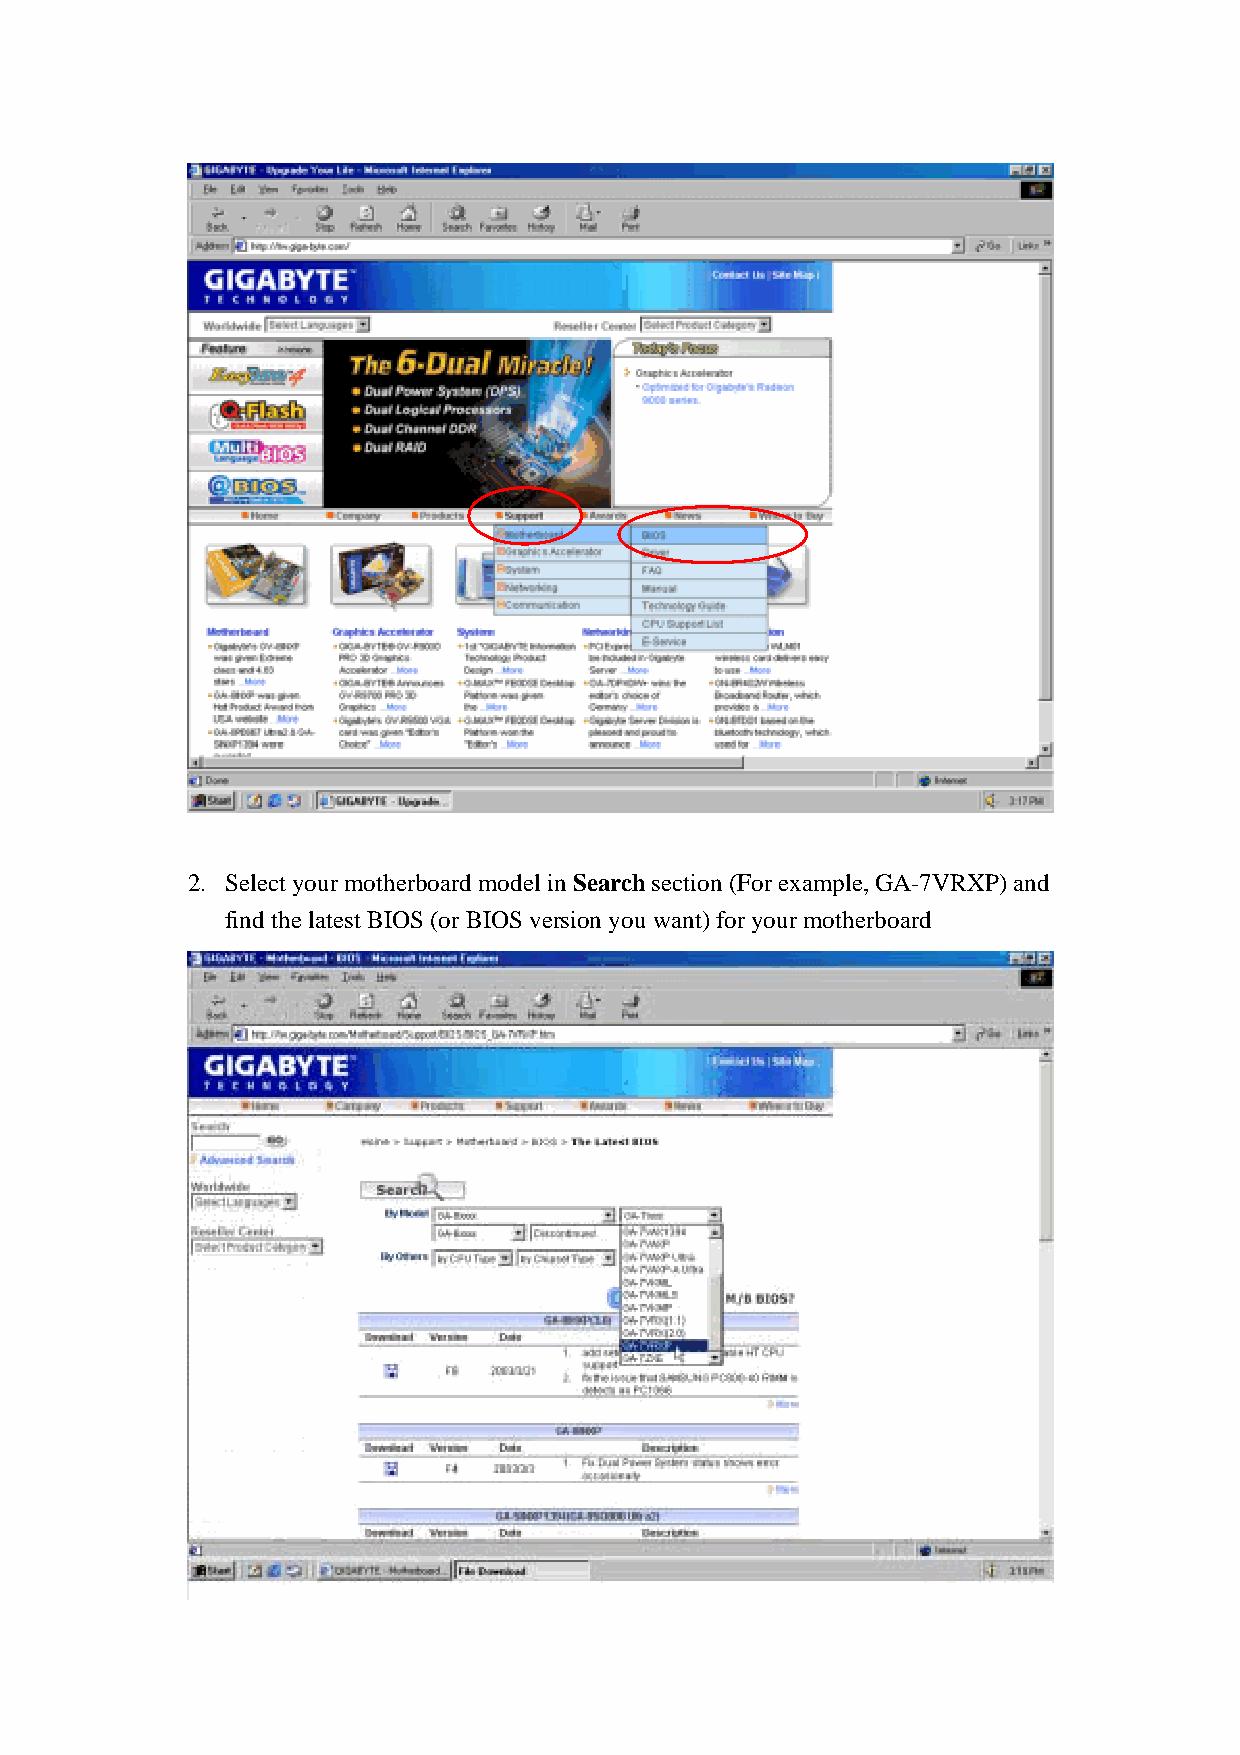
2. Select your motherboard model in Search section (For example, GA-7VRXP) and
 find the latest BIOS (or BIOS version you want) for your motherboard